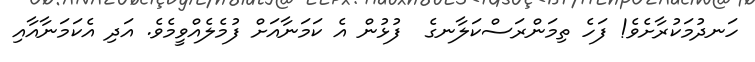
ހަނދުމަކުރާށެވެ! ފަހެ ތިމަންރަސްކަލާނގެ  ފުޅުން އެ ކަމަނާއަށް ފުމެލެއްވީމެވެ. އަދި އެކަމަނާއާއި